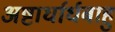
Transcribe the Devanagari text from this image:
अष्टार्धार्धबाहु